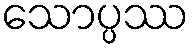
သောပ္ပဿ